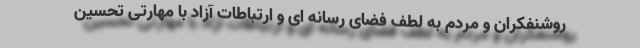
روشنفکران و مردم به لطف فضای رسانه ای و ارتباطات آزاد با مهارتی تحسین